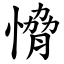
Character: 愶